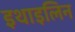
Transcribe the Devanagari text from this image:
इथाइलिन